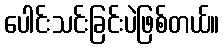
ပေါင်းသင်းခြင်းပဲဖြစ်တယ်။